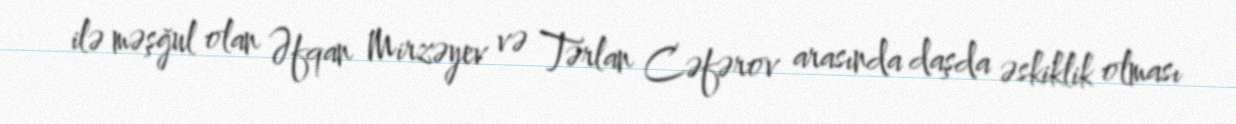
ilə məşğul olan Əfqan Mirzəyev və Tərlan Cəfərov arasında daşda əskiklik olması